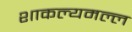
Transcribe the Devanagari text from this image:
शाकल्यमल्ल